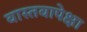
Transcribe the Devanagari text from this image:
वास्तवापेक्षा